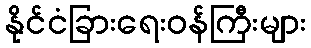
နိုင်ငံခြားရေးဝန်ကြီးများ